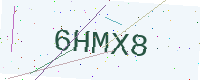
Text: 6HMX8